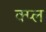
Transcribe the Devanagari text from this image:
क्प्ल